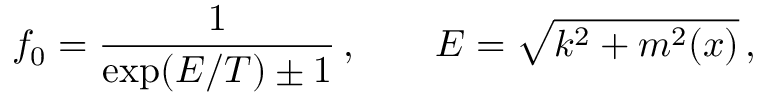
f _ { 0 } = \frac { 1 } { \exp ( E / T ) \pm 1 } \, , \qquad E = \sqrt { k ^ { 2 } + m ^ { 2 } ( x ) } \, ,